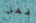
فهل